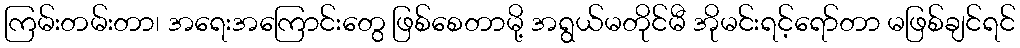
ကြမ်းတမ်းတာ၊ အရေးအကြောင်းတွေ ဖြစ်စေတာမို့ အရွယ်မတိုင်မီ အိုမင်းရင့်ရော်တာ မဖြစ်ချင်ရင်